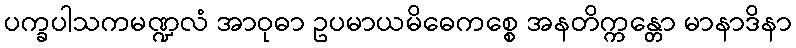
ပက္ခပါသကမဏ္ဍလံ အာဝုဓာ ဥပမာယမိဓေကစ္စေ အနတိက္ကန္တော မာနာဒိနာ